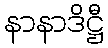
နာနာဒိဋ္ဌီ